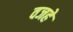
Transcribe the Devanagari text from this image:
वजहे